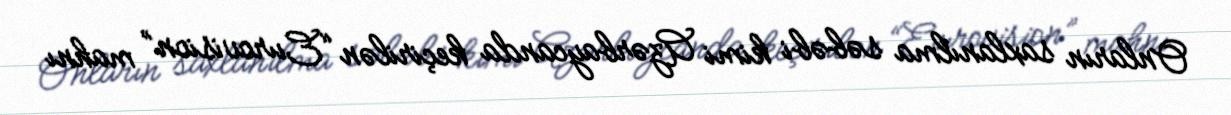
Onların saxlanılma səbəbi kimi Azərbaycanda keçirilən “Eurovision” mahnı